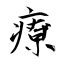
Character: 療